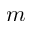
m